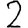
Digit: 2